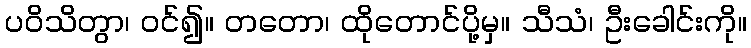
ပဝိသိတွာ၊ ဝင်၍။ တတော၊ ထိုတောင်ပို့မှ။ သီသံ၊ ဦးခေါင်းကို။